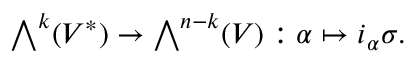
{ \textstyle \bigwedge } ^ { k } ( V ^ { * } ) \to { \textstyle \bigwedge } ^ { n - k } ( V ) : \alpha \mapsto i _ { \alpha } \sigma .